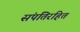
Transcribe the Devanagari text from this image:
संपतिरहित